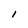
Character: 1